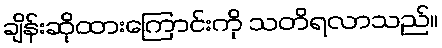
ချိန်းဆိုထားကြောင်းကို သတိရလာသည်။